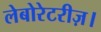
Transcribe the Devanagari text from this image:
लेबोरेटरीज़।